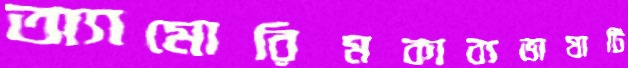
অ্যামোরিমকাব্যভাষাটি